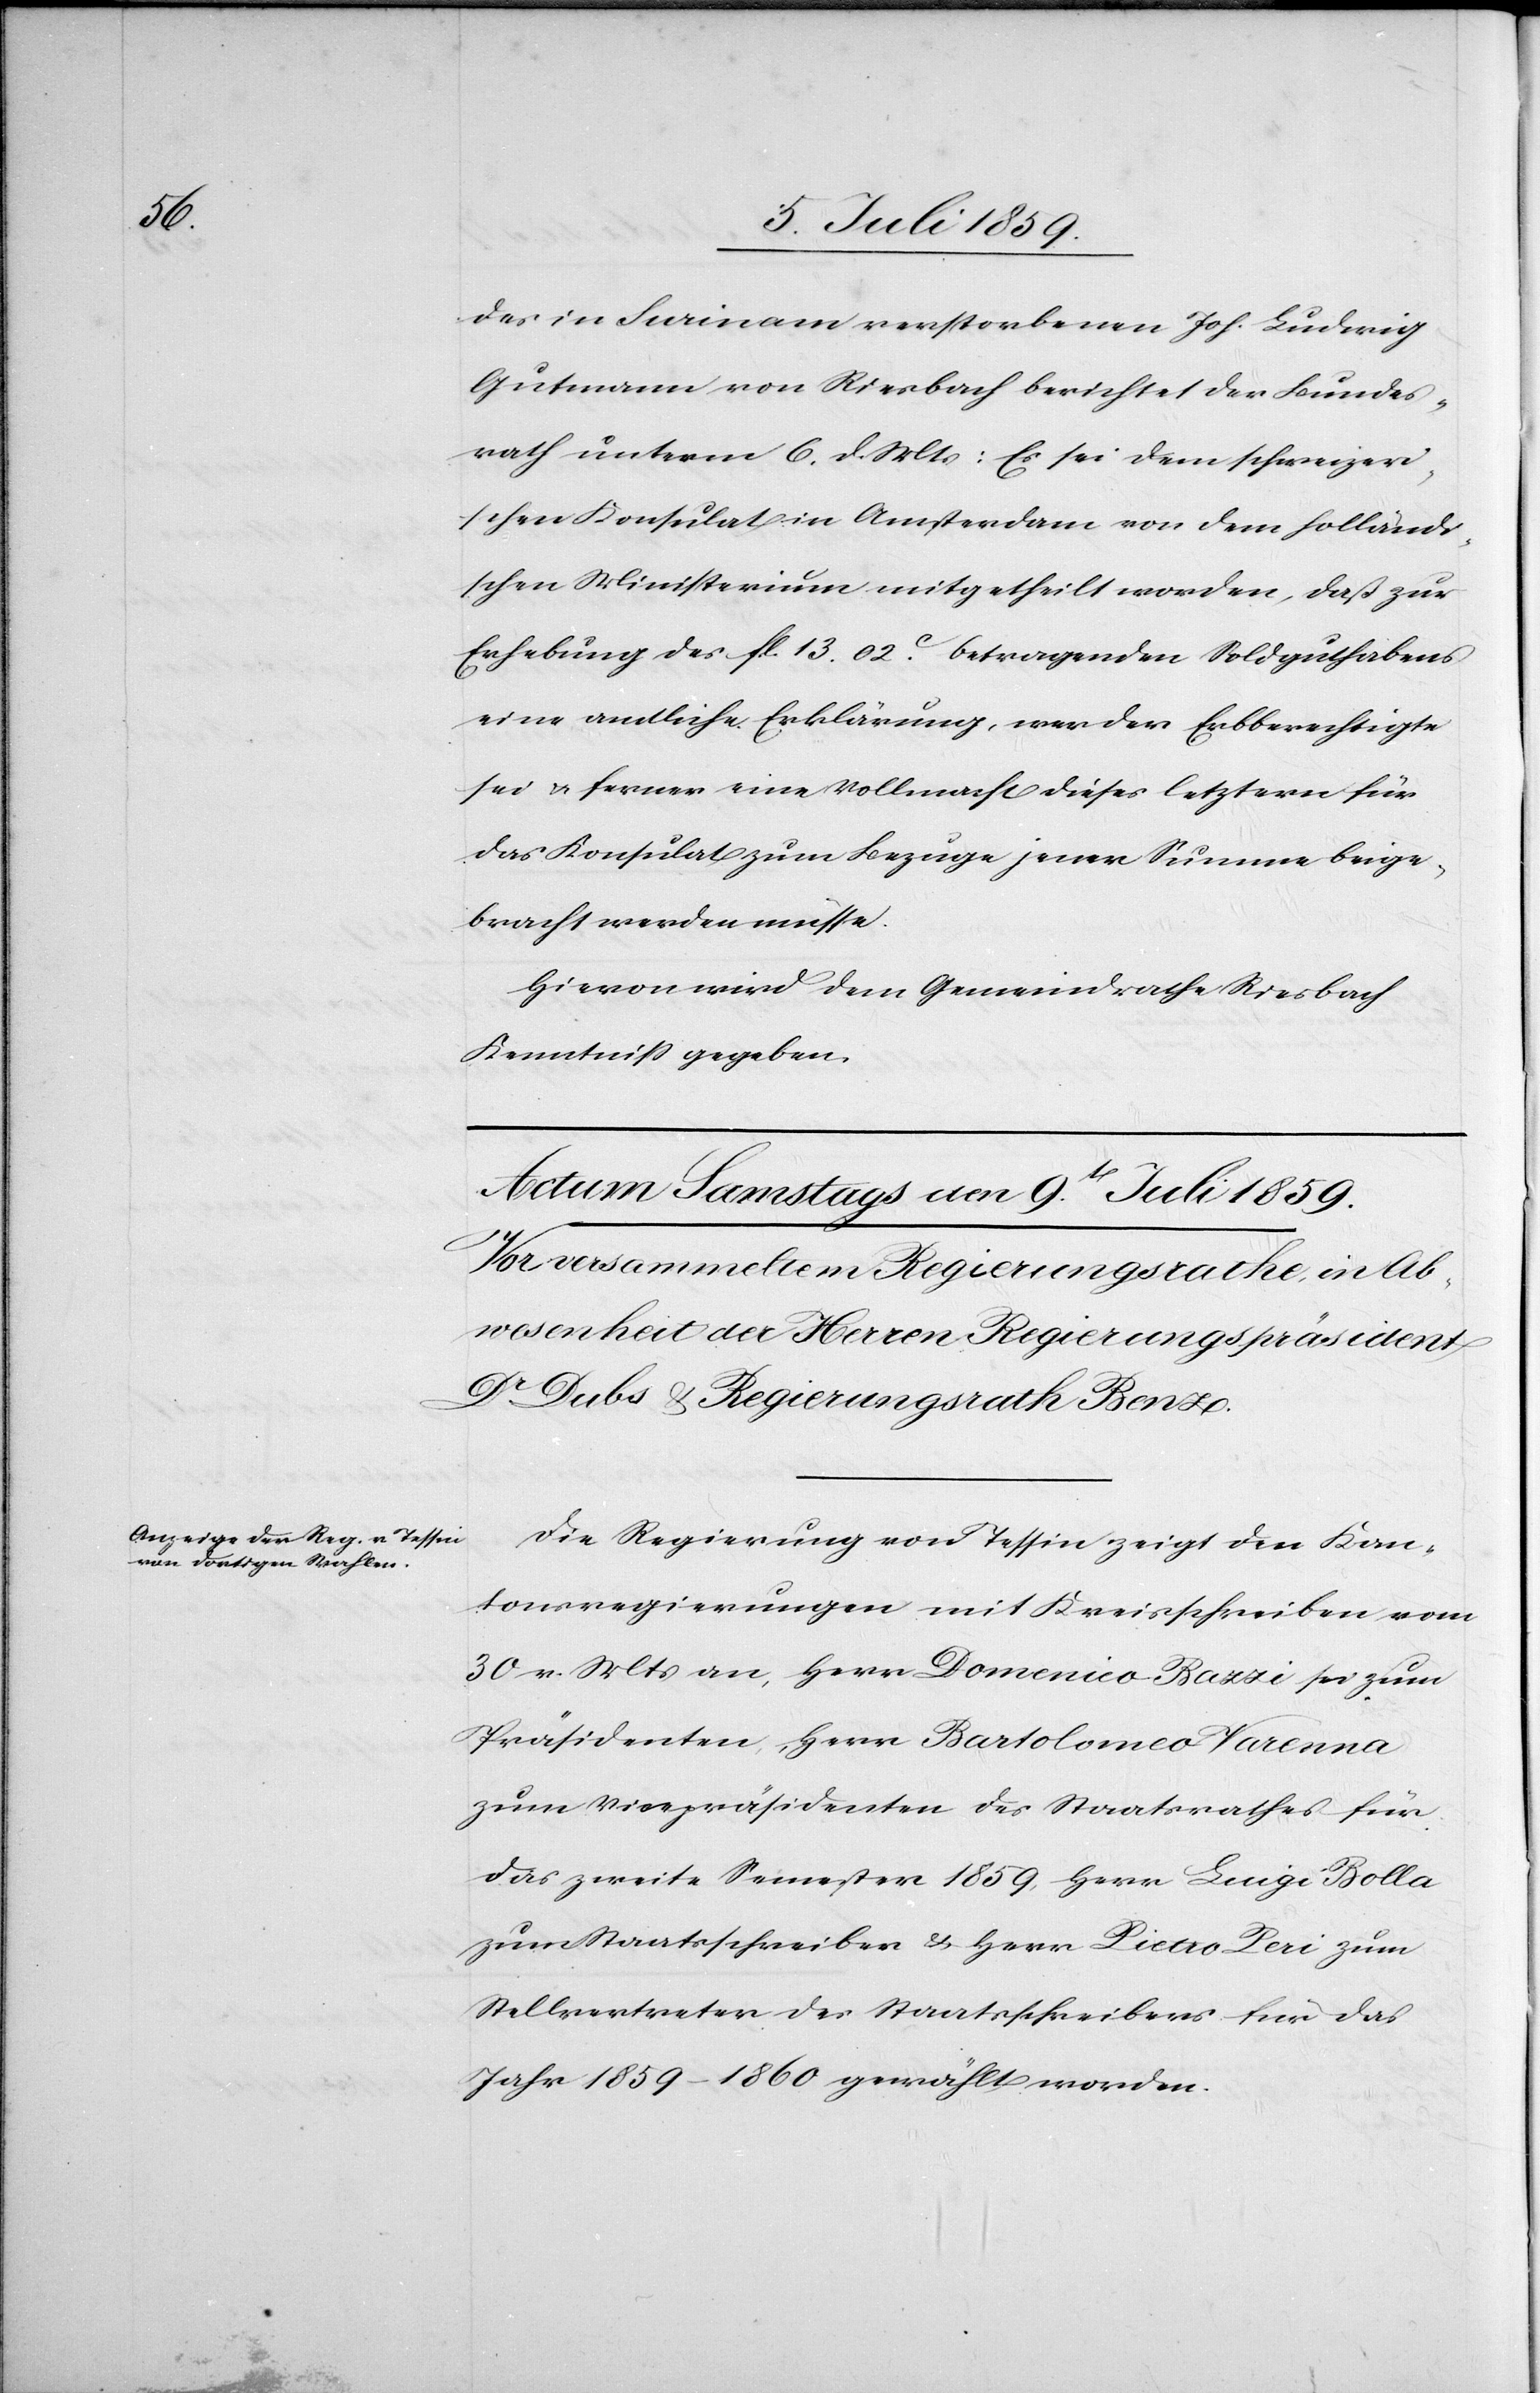
des in Surinam verstorbenen Joh. [sic!]
Gutmann von Riesbach berichtet der Bundes¬
rath unterm 6. d. Mts: Es sei dem schweizeri¬
schen Ministerium mitgetheilt worden, daß zur
Erhebung des fl. 13.02c. betragenden Soldgutachtens
eine amtliche Erklärung, wer der Erbberechtigte
sei u. ferner eine Vollmacht dieses letztern für
das Konsulat zum Bezuge jener Summe beige¬
bracht werden müsse.
Hievon wird dem Gemeindrathe Riesbach
Kenntniß gegeben.
Die Regierung von Tessin zeigt den Kan¬
tonsregierungen mit Kreisschreiben vom
30 v. Mts. an, Herr Domenico Bazzi sei zum
Präsident, Herr Bartolomeo Varenna
zum Vicepräsidenten des Staatsrathes für
das zweite Semester 1859, Herr Luigi Bolla
zum Staatsschreiber u. Herr Pietro Peri zum
Stellvertreter des Staatsschreibers für das
Jahr 1859–1860 gewählt worden.